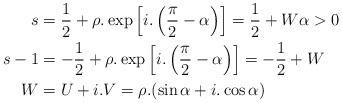
\begin{align*}s&=\frac{1}{2}+\rho .\exp \left[i.\left(\frac{\pi }{2}-\alpha \right)\right]=\frac{1}{2}+W \alpha >0 \\s-1&=-\frac{1}{2}+\rho .\exp \left[i.\left(\frac{\pi }{2}-\alpha \right)\right]=-\frac{1}{2}+W\\W&=U+i.V=\rho .(\sin \alpha +i.\cos \alpha ) \end{align*}